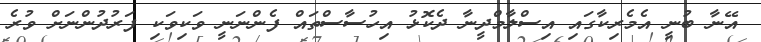
އޭނާ ބުނީ އެމެރިކާގައި އިސްލާމްދީނާ ދެކޮޅު އިހުސާސްތައް ފެންނަނީ ވަކިވަކި ފަރުދުންނަށް ވުރެ